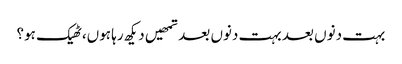
بہت دنوں بعد بہت دنوں بعد تمھیں دیکھ رہا ہوں،ٹھیک ہو؟